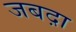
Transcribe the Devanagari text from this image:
जबद़ा